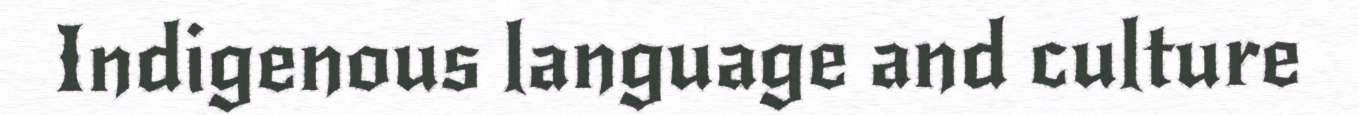
Indigenous language and culture